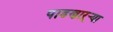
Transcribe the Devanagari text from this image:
पाडणाऱ्र्‍या